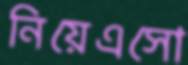
নিয়েএসো